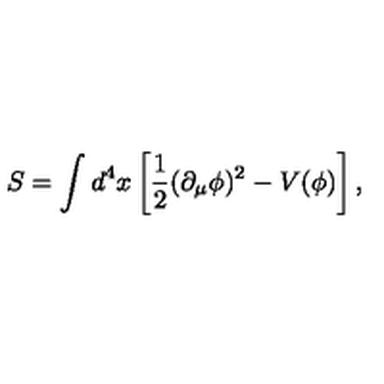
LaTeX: S = \int d ^ { 4 } x \left[ \frac 1 2 ( \partial _ { \mu } \phi ) ^ { 2 } - V ( \phi ) \right] ,